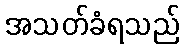
အသတ်ခံရသည်